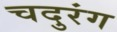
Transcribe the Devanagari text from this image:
चदुरंग